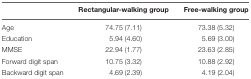
<table><thead><tr><td></td><td><b>Rectangular-walking group</b></td><td><b>Free-walking group</b></td></tr></thead><tbody><tr><td>Age</td><td>74.75 (7.11)</td><td>73.38 (5.32)</td></tr><tr><td>Education</td><td>5.94 (4.60)</td><td>5.69 (3.00)</td></tr><tr><td>MMSE</td><td>22.94 (1.77)</td><td>23.63 (2.85)</td></tr><tr><td>Forward digit span</td><td>10.75 (3.32)</td><td>10.88 (2.92)</td></tr><tr><td>Backward digit span</td><td>4.69 (2.39)</td><td>4.19 (2.04)</td></tr></tbody></table>